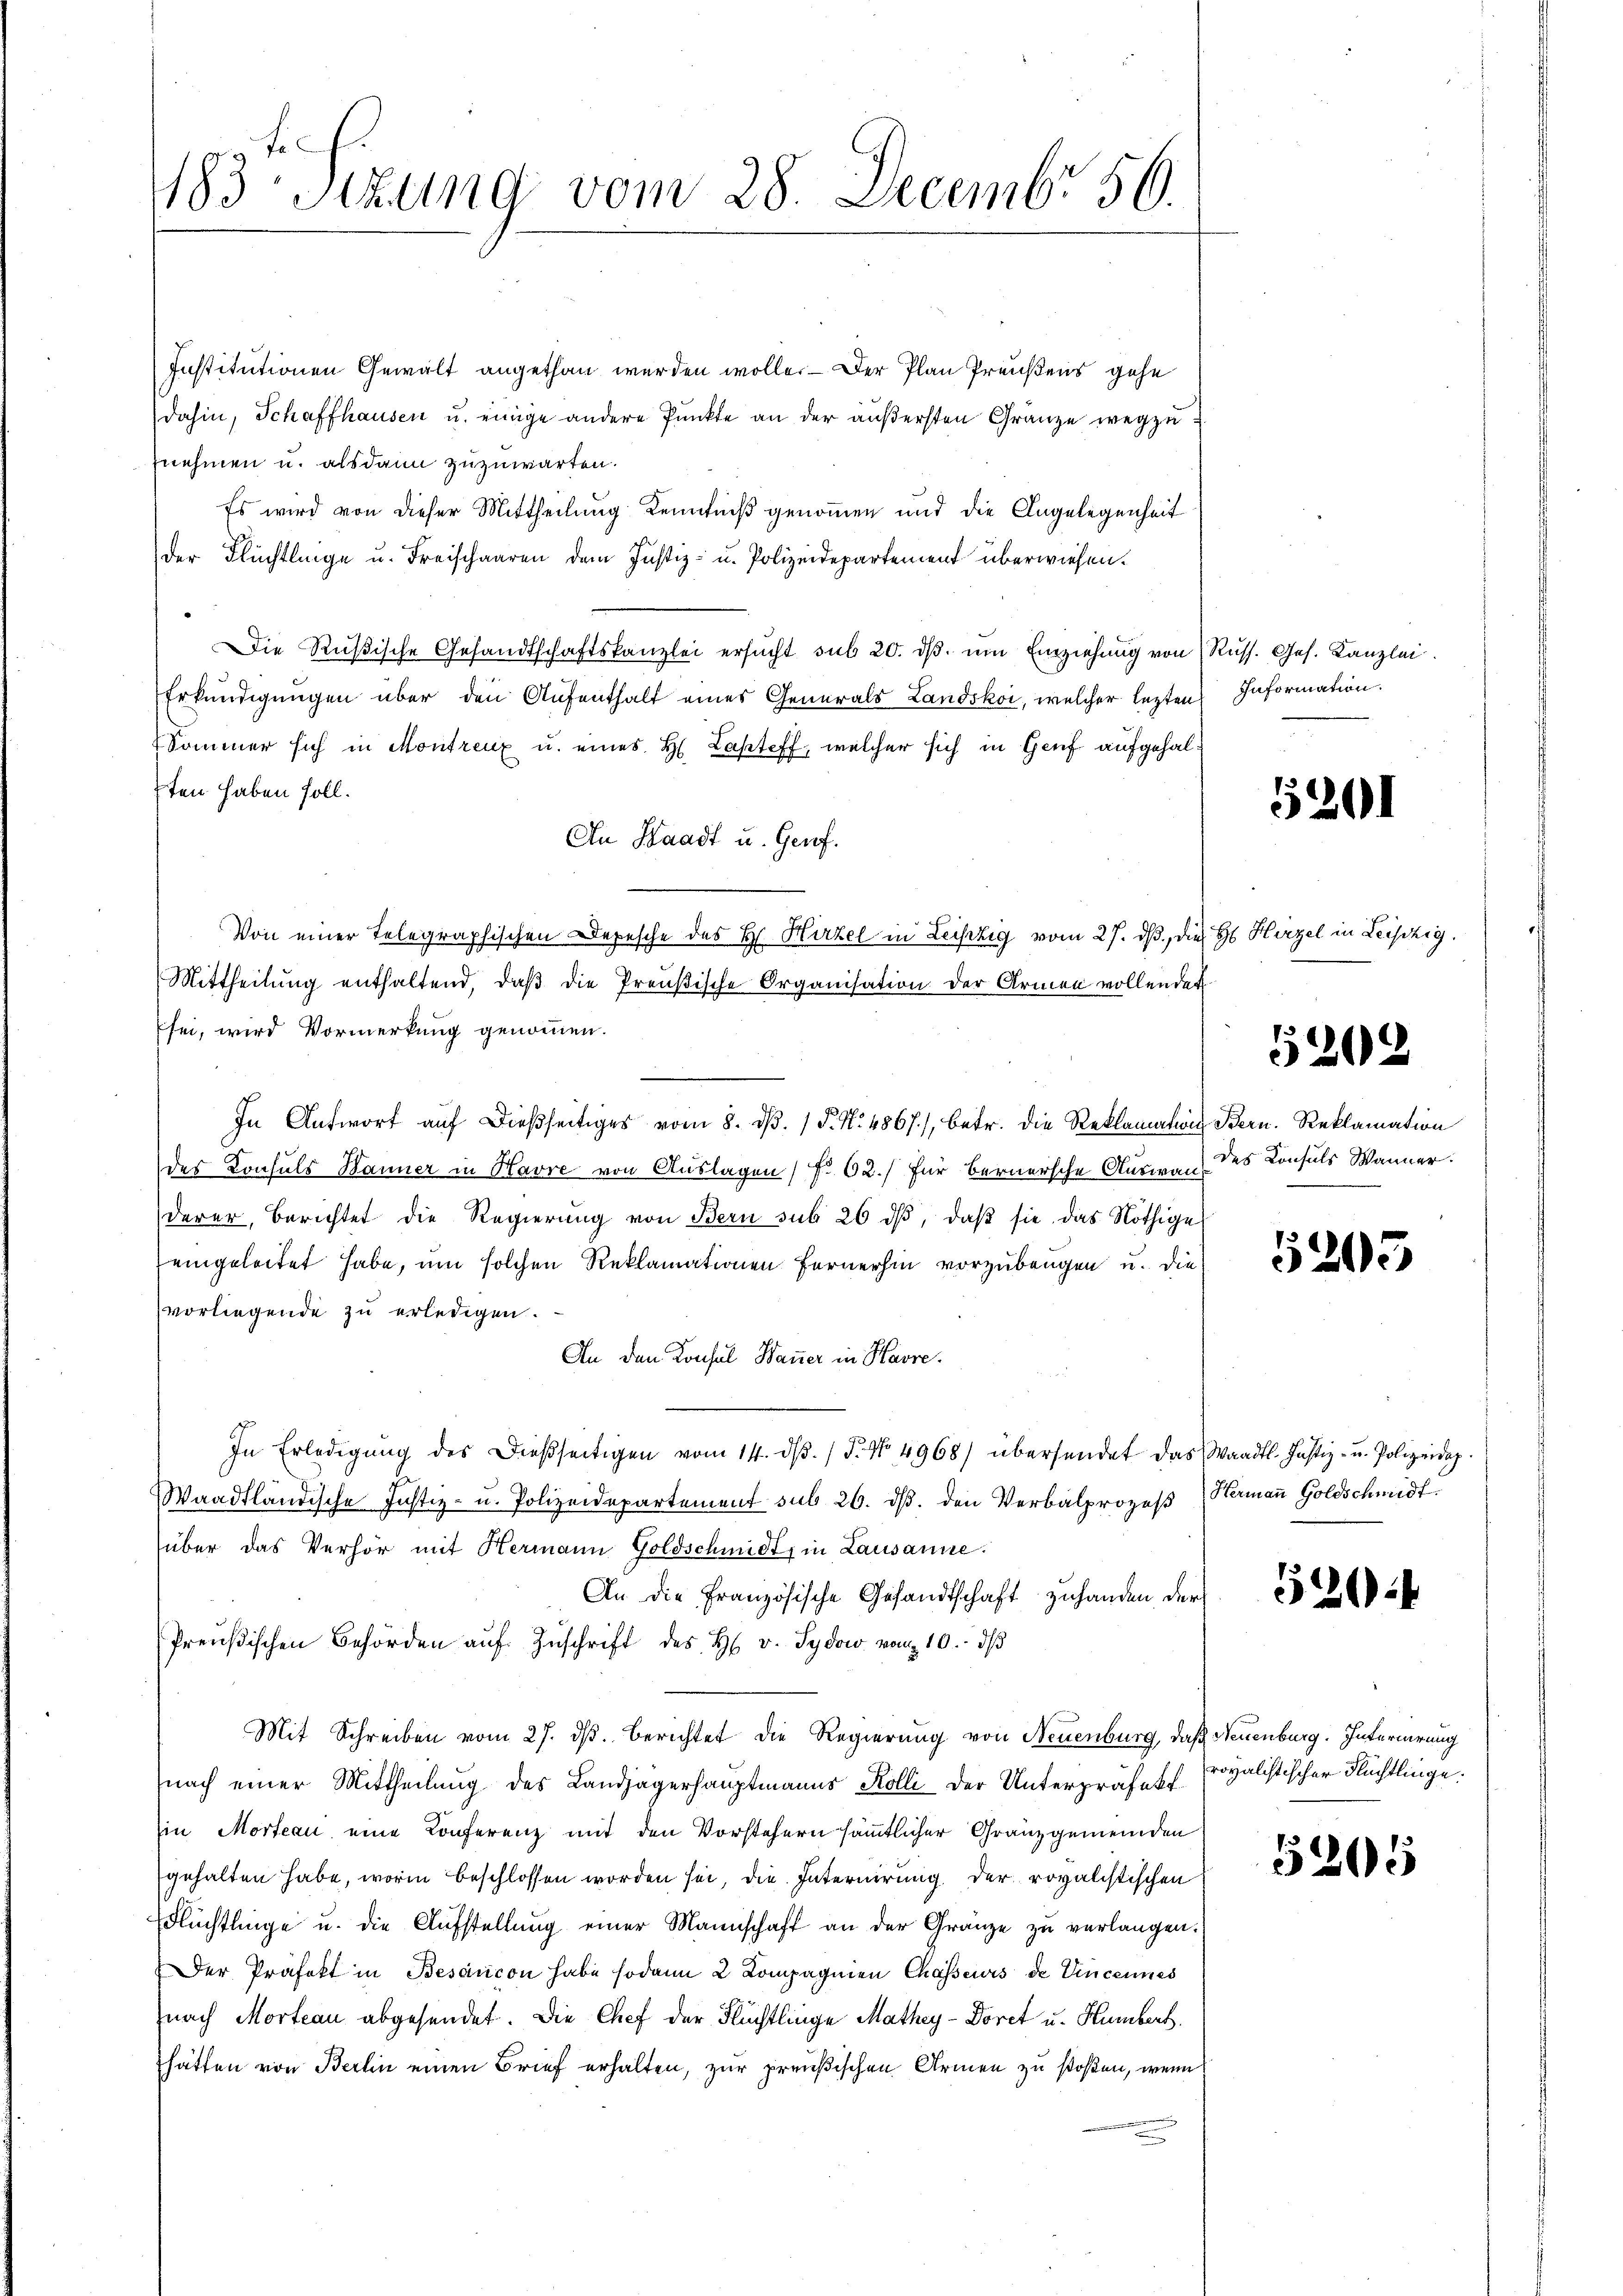
183 Sezung vom 28. Decembr 56.

Institutionen Gewalt angethan werden wolle. — Der Plan Preußens gehe
dahin, Schaffhausen u. einige andere Punkte an der äußersten Gränze wegzunehmen u. alsdann zuzuwarten.
Es wird von dieser Mittheilung Kenntniß genommen und die Angelegenheit
der Flüchtlinge u. Freischaaren dem Justiz- u. Polizeidepartement überwiesen.
Die Rußische Gesandtschaftskanzlei ersŭcht sub 20. dβ. ŭm Einziehung von Russ. Ges. Kanzlei
Erkundigungen über den Aufenthalt eines Generals Landskoi, welcher lezten Information.
Sommer sich in Montreux u. eines H. Lasteff, welcher sich in Genf aufgehalsten haben soll.
An Waadt u. Genf.
Von einer Telegraphischen Depesche des H. Hirzel in Leistig vom 27. ds, die H Hirzel in Leichig.
Mittheilŭng enthaltend, daβ die Preußische Organisation der Armen vollendet
sei, wird Vormerkung genommen.
In Antwort aŭf dießseitiges vom 8. dβ. / P. Nr. 4867), betr. die Reklamation Bern. Reklamation
des Konsuls Banner in Havre von Auslagen f. 62. für Bernersche Auswanderer, berichtet die Regierung von Bern sub 26 dβ, daβ sie das Nöthige
eingeleitet habe, um solchen Reklamationen Fernerhin vorzubeugen u. die
vorliegende zu erledigen.
An den Konsul Bauer in Havre,
In Erledigŭng des dießseitigen vom 14. dβ. / 5. No. 4968) übersendet das Waadt. Justiz- u. Polizeidig
Waadtländische Justiz- u. Polizeidepartement sub 26. dβ. den Verbalprozeβ Hermaṅ Goldschmidt
über das Verhör mit Hermann Goldschmidt, in Lausanne.
An die Französische Gesandtschaft zu handen, der
Preußischen Behörden aŭf Zŭschrift des H. v. Sydow vom 10. dβ
Mit Schreiben vom 27. ds. berichtet die Regierung von Neuenburg, daß Neuenburg. Internirung
nach einer Mittheilung des Landjägerhauptmanns Kolli der Unterpräfekt
in Morteau, eine Konferenz mit den Vorstehern sämmtlicher Granzgemeinden
gehalten habe, worin beschlossen worden sei, die Internirung der rovalistischen
Flüchtlinge u. die Aufstellung einer Mannschaft an der Gränze zu verlangen.
Der Präfekt in Besancon habe sodann 2 Kompagnien Chasseurs de Vincennes
fnach Morteau abgesendet. Die Chef der Flüchtlinge Mathey-Doret u. Humbert.
hätten von Berlin einen Brief erhalten, zur preußischen Armen zu stoßen, wenn

5201

202

des Konsuls Wanner.

5205

326

royalistischer Flüchtlinge.

5205